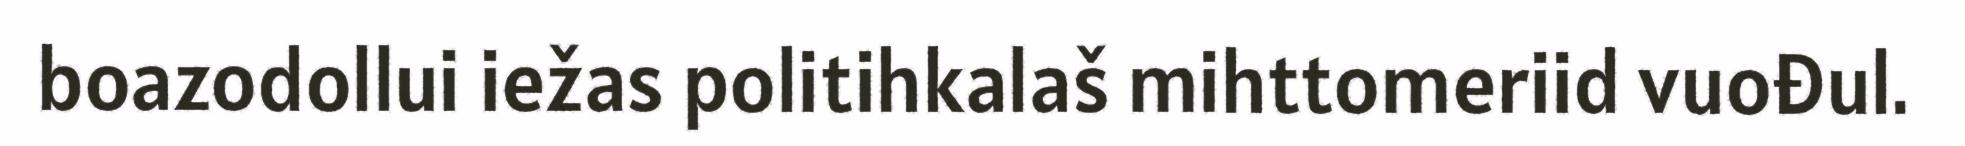
boazodollui iežas politihkalaš mihttomeriid vuođul.